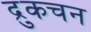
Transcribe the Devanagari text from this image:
द्रुकचन